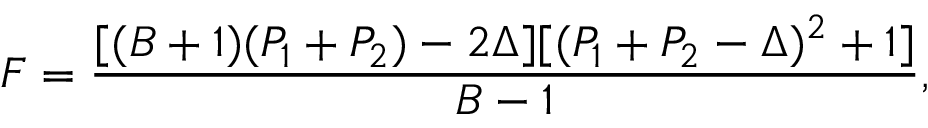
F = \frac { [ ( B + 1 ) ( P _ { 1 } + P _ { 2 } ) - 2 \Delta ] [ ( P _ { 1 } + P _ { 2 } - \Delta ) ^ { 2 } + 1 ] } { B - 1 } ,